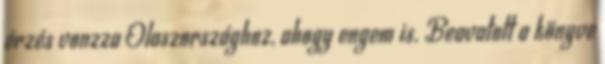
érzés vonzza Olaszországhoz, ahogy engem is. Beavatott a könyve